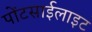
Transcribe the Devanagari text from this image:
पोंटसाईलाइट